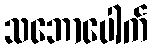
သဘောပေါက်